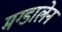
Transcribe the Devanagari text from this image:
मग्डालेन